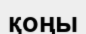
қоңы